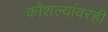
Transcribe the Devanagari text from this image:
कौशल्यांवरही